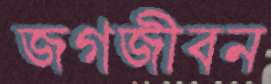
জগজীবন